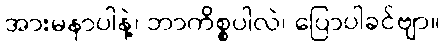
အားမနာပါနဲ့၊ ဘာကိစ္စပါလဲ၊ ပြောပါခင်ဗျာ။